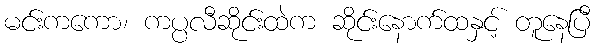
မင်းကကော၊ ကပ္ပလီဆိုင်းထဲက ဆိုင်းနောက်ထနှင့် တူနေပြီ